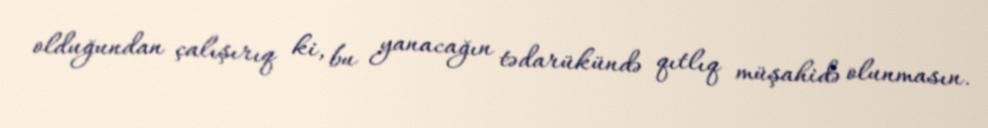
olduğundan çalışırıq ki, bu yanacağın tədarükündə qıtlıq müşahidə olunmasın.